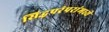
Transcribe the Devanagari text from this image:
सिद्धपरंपरांमध्ये